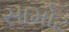
સામોટ